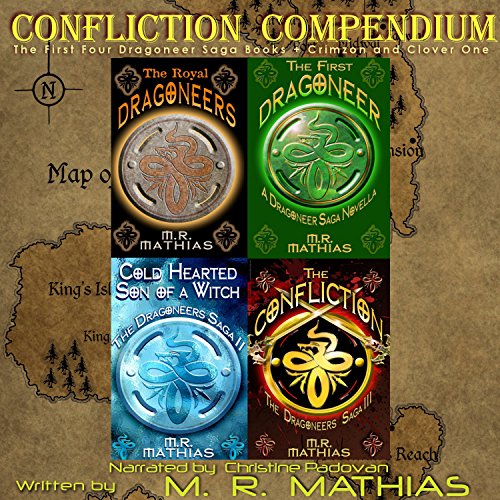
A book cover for Confliction Compendium: Dragoneers, Cycle One; M. R. Mathias; Science Fiction & Fantasy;